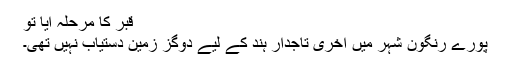
قبر کا مرحلہ آیا تو
پورے رنگون شہر میں آخری تاجدار ہند کے لیے دوگز زمین دستیاب نہیں تھی۔